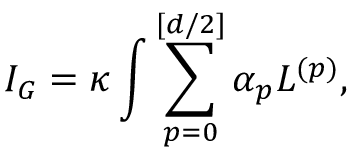
I _ { G } = \kappa \int \sum _ { p = 0 } ^ { [ d / 2 ] } \alpha _ { p } L ^ { ( p ) } ,